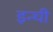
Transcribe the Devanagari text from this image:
इन्ची